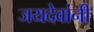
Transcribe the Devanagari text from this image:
जयदेवांनी